Annual report of the Punjab Veterinary College and of the Civil Veterinary Department, Punjab - 1894-1908
Year: 1894
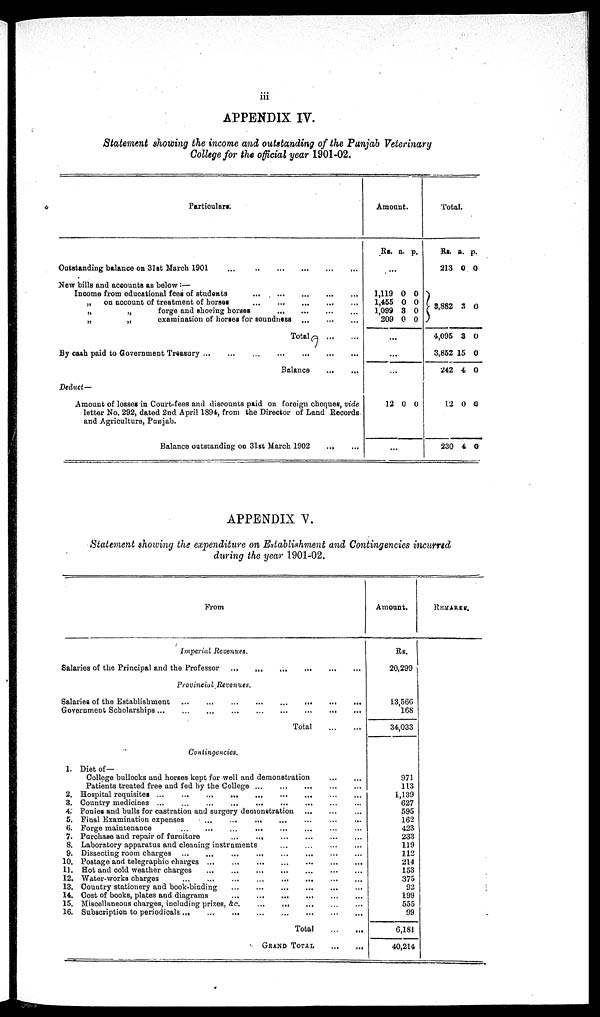
iii
APPENDIX IV.
Statement showing the income and outstanding of the Punjab Veterinary
College for the official year 1901-02.
Particulars.
Outstanding balance on 31st March 1901
... ... ... ... ... ... ...
New bills and accounts as below:— ... ... ... ... ...
Income from educational fees of students
... ... ... ... ... ...
„
on account of treatment of horses ... ... ... ... ... ...
„
„
forge and shoeing horses ... ... ... ... ...
„
„
examination of horses for soundness ... ... ... ... ...
Totals ...
By cash paid to Government Treasury ... ... ... ... ...
Balance
...
...
Deduct—
Amount of losses in Court-fees and discounts paid on foreign cheques, vide
letter No. 292, dated 2nd April 1894, from the Director of Land Records
and Agriculture, Punjab.
Balance outstanding on 31st March 1902 ... ... ...
Amount.
Rs. a. p.
...
... 1,119
1,455
1,099
209
0
0
3
0
0
0
0
0
...
...
...
12 0 0
Total.
Rs.
213
a.
0
p.
0
3,882
4,095
3,862
242
3
3
15
4
0
0
0
0
12
230
0
4
0
0
APPENDIX V.
Statement showing the expenditure on Establishment and Contingencies incurred
during the year 1901-02.
From
Imperial Revenues.
Salaries of the Principal and the Professor ... ... ... ... ... ...
Provincial Revenues.
Salaries of the Establishment ... ... ... ... ...
Government Scholarships ... ... ... ...
Total ... ...
Contingencies.
1. Diet of—
College bullocks and horses kept for well and demonstration
Patients treated free and fed by the College ...
2. Hospital requisites ... ... ... ... ...
3. Country medicines ... ... ... ...
4. Ponies and bulls for castration and surgery demonstration ... ... ...
5. Pinal Examination expenses
...
...
...
6. Forge maintenance
...
...
...
...
7. Purchase and repair of furniture
...
...
8. Laboratory apparatus and cleaning instruments ... ... ... ...
9. Dissecting room charges ...
...
...
...
10. Postage and telegraphic charges ...
...
...
...
...
11. Hot and cold weather charges ... ... ...
12. Water-works charges ... ... ...
13. Country stationery and book-binding
...
...
... ... ...
14. Cost of books, plates and diagrams
...
...
...
15. Miscellaneous charges, including prizes, &c.
... ... ... ... ...
16. Subscription to periodicals ... ... ... ... ... ... ...
Total ... ...
GRAND TOTAL ... ...
Amount.
Rs.
20,299
13,566
168
34,033
971
113
1,139
627
595
162
423
233
119
112
214
153
375
92
199
555
99
6,181
40,214
REMARKS.